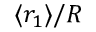
\langle r _ { 1 } \rangle / R